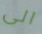
الى